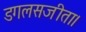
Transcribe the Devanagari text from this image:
डगलसजीता।